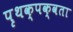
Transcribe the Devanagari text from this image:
पृथक्‌पक्वता